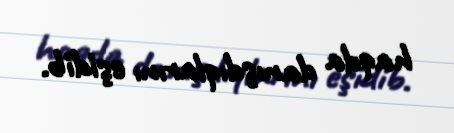
haqda danışdıqlarını eşidib.